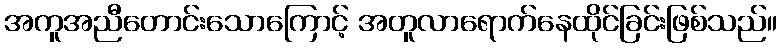
အကူအညီတောင်းသောကြောင့် အတူလာရောက်နေထိုင်ခြင်းဖြစ်သည်။